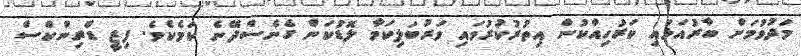
މަދުވުމަށް ބާރުއަޅައި ކަރުހިއްކުން އިތުރުކުރުވައި ވަރުބަލިކަމާ ލޮޑުކަން ގެނެސްދޭނެ ކަމެކެވެ. ފިޒީ ޑްރިންކްސް